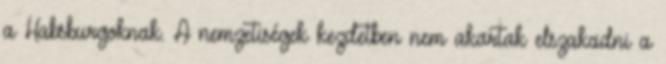
a Habsburgoknak. A nemzetiségek kezdetben nem akartak elszakadni a